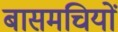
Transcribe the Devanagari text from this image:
बासमचियों